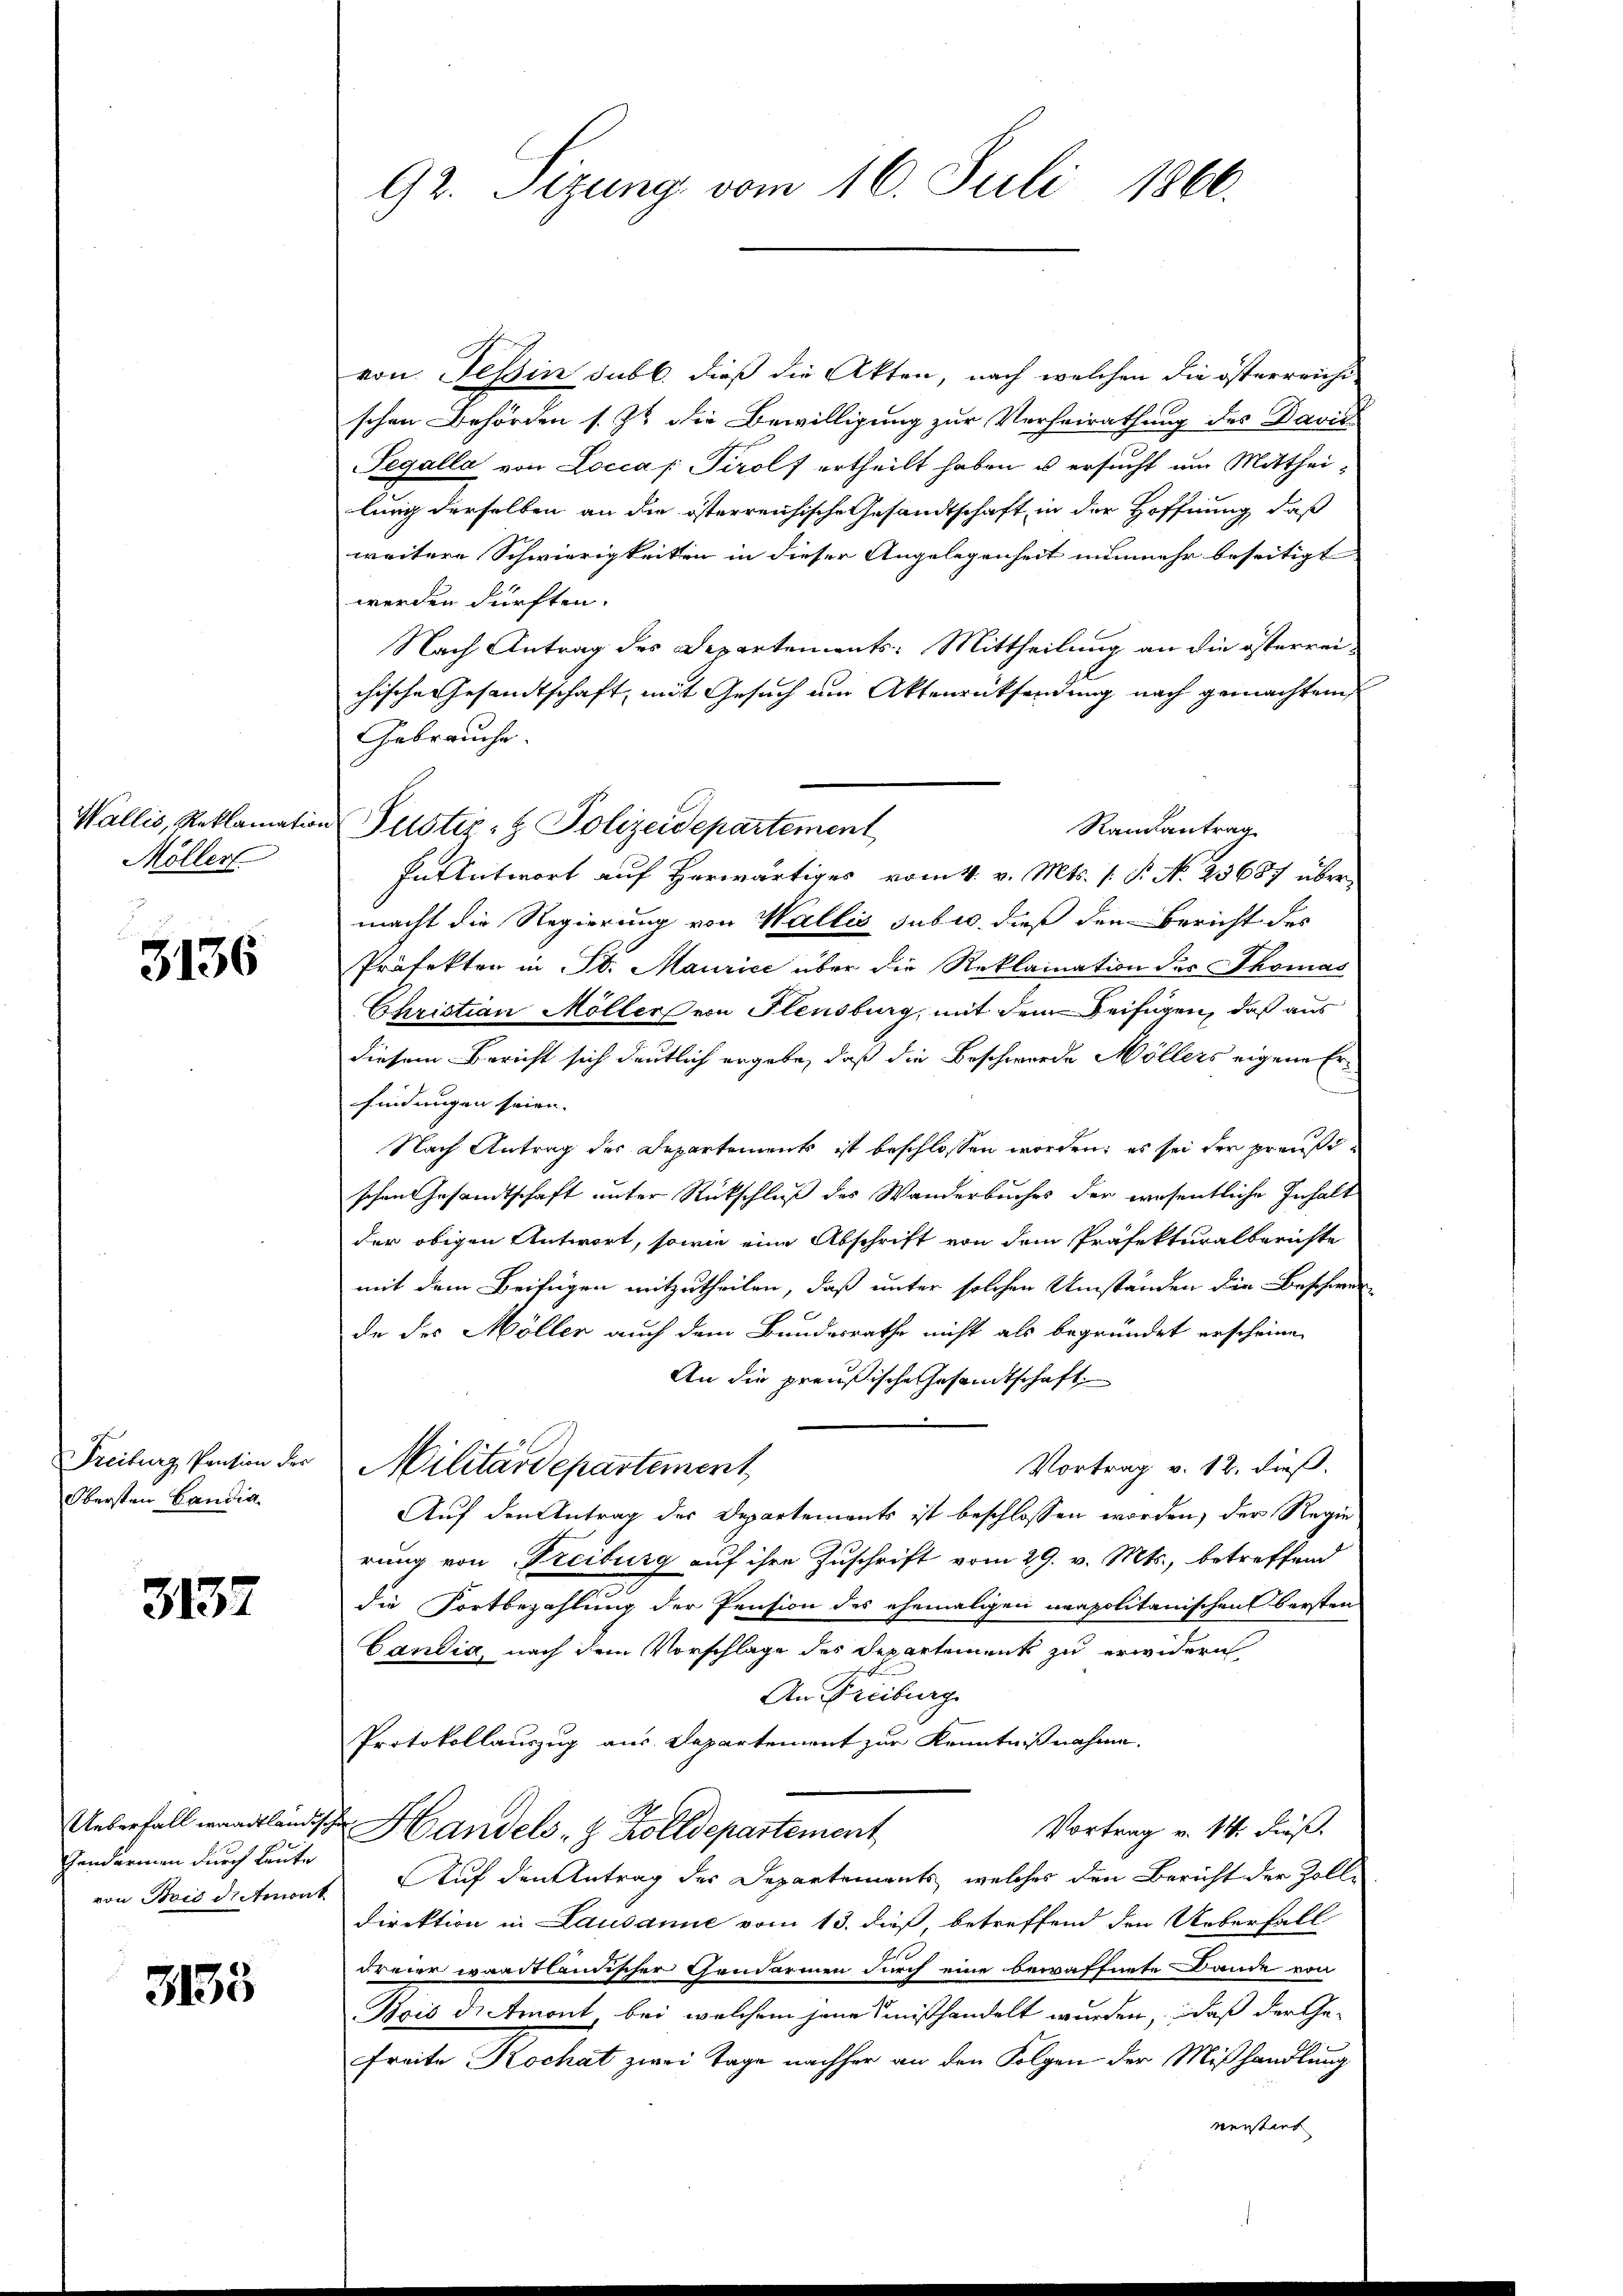
Wallis, Reklamation
Möller

3136

Freiburg, Pension der
Obersten Candia

3137

Gendarmen durch Leute

3135

92. Sizung vom 16. Juli 1860.

von Tessin subl. dieß die Akten, nach welchen die österreichischen Behörden s. Zu die Bewilligung zur Verheirathung des Davil
Pegálla von Locca /: Tirolf ertheilt haben u ersucht um Mittheilung derselben an die österreichische Gesandtschaft in der Hoffnung, daß
weitere Schwierigkeiten in dieser Angelegenheit nunmehr beseitigt
werden dürften.
Nach Antrag des Departements: Mittheilung an die österreichische Gesandtschaft mit Gesuch um Aktenrücksendung nach gemachten
Gebrauche.
Randantrag
In Antwort auf herwärtiges vom 4. v. Mts. (: P. N. 23687 über
macht die Regierung von Wallis sub u. dieß den Bericht des
Präfekten in St. Maurice über die Reklaination des Thomas
Christian Möllers von Flensburg, mit dem Beifügen, daß aus
diesem Bericht sich deutlich ergebe, daß die Beschwerde Möllers eigene Er¬
.
findungen seien. |
Nach Antrag des Departements ist beschlossen worden; es sei der preußischen Gesandtschaft unter Rückschluß des Wanderbuches der wesentliche Inhalt
der obigen Antwort, sowie eine Abschrift von dem Präfekturalberichte
mit dem Beifügen mitzutheilen, daß unter solchen Umständen die Beschwer
de des Möller auch dem Bundesrathe nicht als begründet erscheine
An die preußische Gesandtschaft
Vortrag v. 12. dieß,
Militärdepartement
Auf den Antrag der Departements ist beschlossen worden, der Regie
rung von Treiburg auf ihre Zuschrift vom 29. v. Mts., betreffend
die Fortbezahlung der Pension des ehemaligen neapolitanischen Obersten
Candia, nach dem Vorschlage des Departement zu erwidern
An Freiburg
Protokollauszug aus Departement zur Kenntnißnahme.
Ueberfall waadtländische Handels- & Zolldepartement
Vortrag v. 14. Fuß.
von Bois Detmont. Auf den Antrag der Departements, welches den Bericht der Zoll-
direktion in Lausanne vom 13. dieß, betreffend den Ueberfall
Freier waadtländischer Gendarmen durch eine bewaffnete Bande von
Pois die Amont, bei welchem jene Sinißhandelt wurden, daß der Ge-
Freite Kochat zwei Tage nachher an den Folgen der Mißhandlung
nerstert

Justiz- & Polizeidepartement